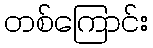
တစ်ကြောင်း